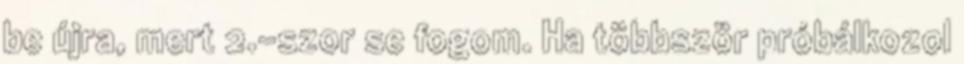
be újra, mert 2.-szor se fogom. Ha többször próbálkozol